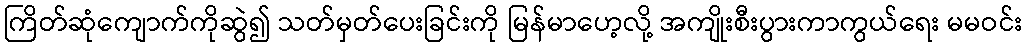
ကြိတ်ဆုံကျောက်ကိုဆွဲ၍ သတ်မှတ်ပေးခြင်းကို မြန်မာဟေ့လို့ အကျိုးစီးပွားကာကွယ်ရေး မမဝင်း